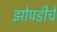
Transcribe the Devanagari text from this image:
झोपडीचे